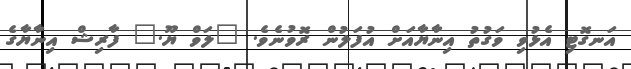
އަނގޮޓި އެޅުވި ވަގުތު އިނާޔާއަށް އުފަލުން ރޮވުނެވެ. "ލަވް ޔޫ." ފާރިޝް އިނާޔާގެ